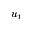
u _ { t }